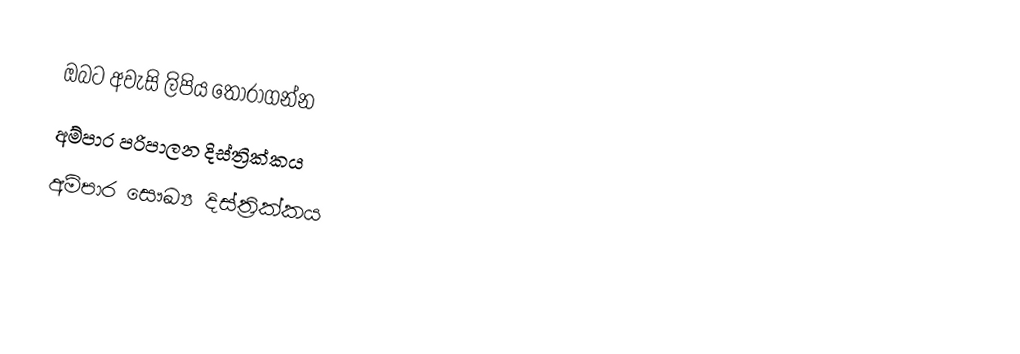
ඔබට අවැසි ලිපිය තෝරාගන්න
 අම්පාර පරිපාලන දිස්ත්‍රික්කය
 අම්පාර සෞඛ්‍ය දිස්ත්‍රික්කය